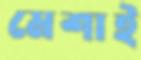
মেশাই